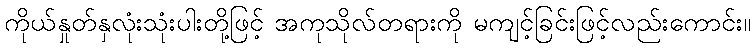
ကိုယ်နှုတ်နှလုံးသုံးပါးတို့ဖြင့် အကုသိုလ်တရားကို မကျင့်ခြင်းဖြင့်လည်းကောင်း။